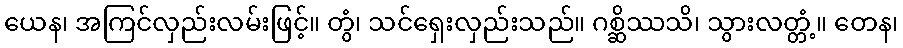
ယေန၊ အကြင်လှည်းလမ်းဖြင့်။ တွံ၊ သင်ရှေးလှည်းသည်။ ဂစ္ဆိဿသိ၊ သွားလတ္တံ့။ တေန၊